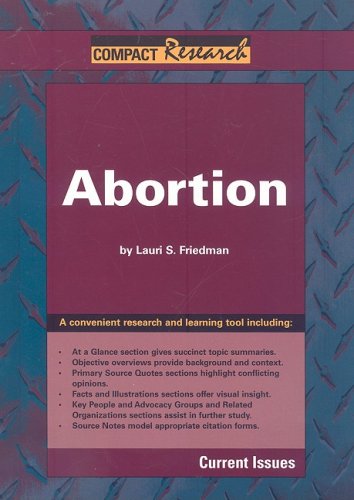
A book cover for Abortion (Compact Research Series); Lauri S. Friedman; Teen & Young Adult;